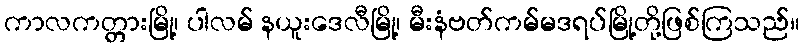
ကာလကတ္တားမြို့၊ ပါလမ် နယူးဒေလီမြို့၊ မီးနံဗတ်ကမ်မဒရပ်မြို့တို့ဖြစ်ကြသည်။